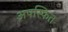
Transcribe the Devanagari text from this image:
अपस्फित